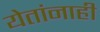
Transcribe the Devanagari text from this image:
येतांनाही